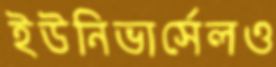
ইউনিভার্সেলও